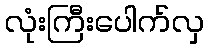
လုံးကြီးပေါက်လှ